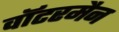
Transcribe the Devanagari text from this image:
वॉटरमैन